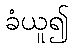
ခံယူ၍